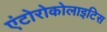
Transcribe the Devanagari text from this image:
एंटोरोकोलाइटिस